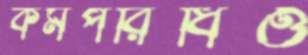
কর্মপরিধিও